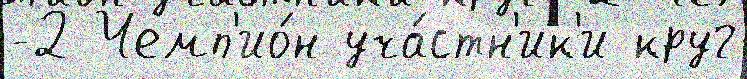
-2 Чемп'ио́н уча́стн'ик'и круг